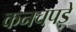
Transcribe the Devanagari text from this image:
कनचपड़े